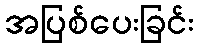
အပြစ်ပေးခြင်း